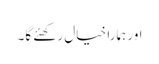
اور ہمارا خیال رکھئے گا۔